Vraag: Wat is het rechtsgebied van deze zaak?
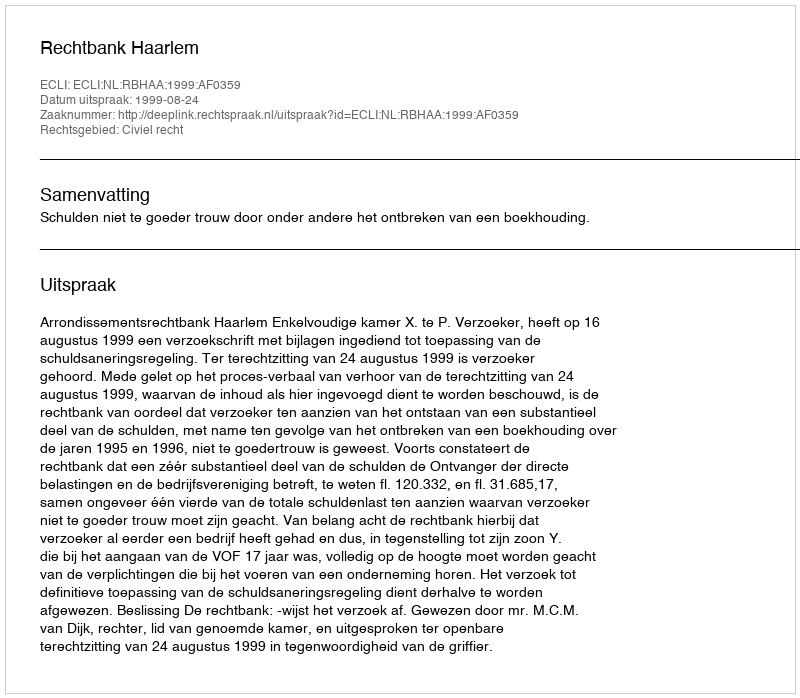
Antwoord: Civiel recht